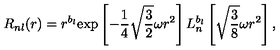
R _ { n l } ( r ) = r ^ { b _ { l } } \mathrm { e x p } \left[ - { \frac { 1 } { 4 } } \sqrt { \frac { 3 } { 2 } } \omega r ^ { 2 } \right] L _ { n } ^ { b _ { l } } \left[ \sqrt { \frac { 3 } { 8 } } \omega r ^ { 2 } \right] ,